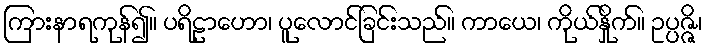
ကြားနာရကုန်၍။ ပရိဠာဟော၊ ပူလောင်ခြင်းသည်။ ကာယေ၊ ကိုယ်နှိုက်။ ဥပ္ပဇ္ဇိ၊